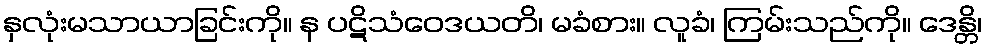
နှလုံးမသာယာခြင်းကို။ န ပဋိသံဝေဒယတိ၊ မခံစား။ လူခံ၊ ကြမ်းသည်ကို။ ဒေန္တိ၊